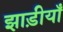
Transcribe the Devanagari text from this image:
झाड़ीयाँ